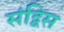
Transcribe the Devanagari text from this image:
संद्विस